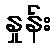
နှုန်း